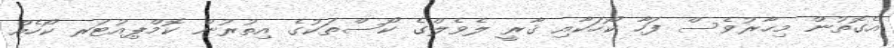
އެގޮތުން މިހާރުވެސް ފަހާ ކޯހަކާއި ޤާރީ ލެވެލްގެ ކޯސްތަކުގެ އިތުރުން ކޮމްޕިއުޓަރ ކޯހެއް